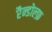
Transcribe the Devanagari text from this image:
रैन्डोल्फ़